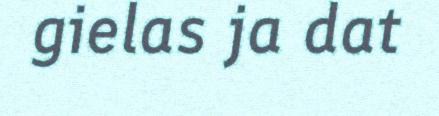
gielas ja dat